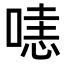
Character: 𠹤